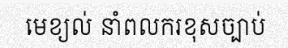
មេខ្យល់ នាំពលករខុសច្បាប់